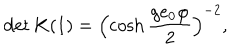
\det { K } ( 1 ) = \left( \cosh \frac { g e _ { 0 } \varphi } { 2 } \right) ^ { - 2 } ,